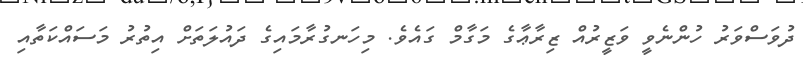
ދުވަސްވަރު ހުންނެވީ ވަޒީރުއް ޒިރާޢާގެ މަގާމް ގައެވެ. މިހަނގުރާމައިގެ ދައުލަތަށް އިތުރު މަސައްކަތާއި